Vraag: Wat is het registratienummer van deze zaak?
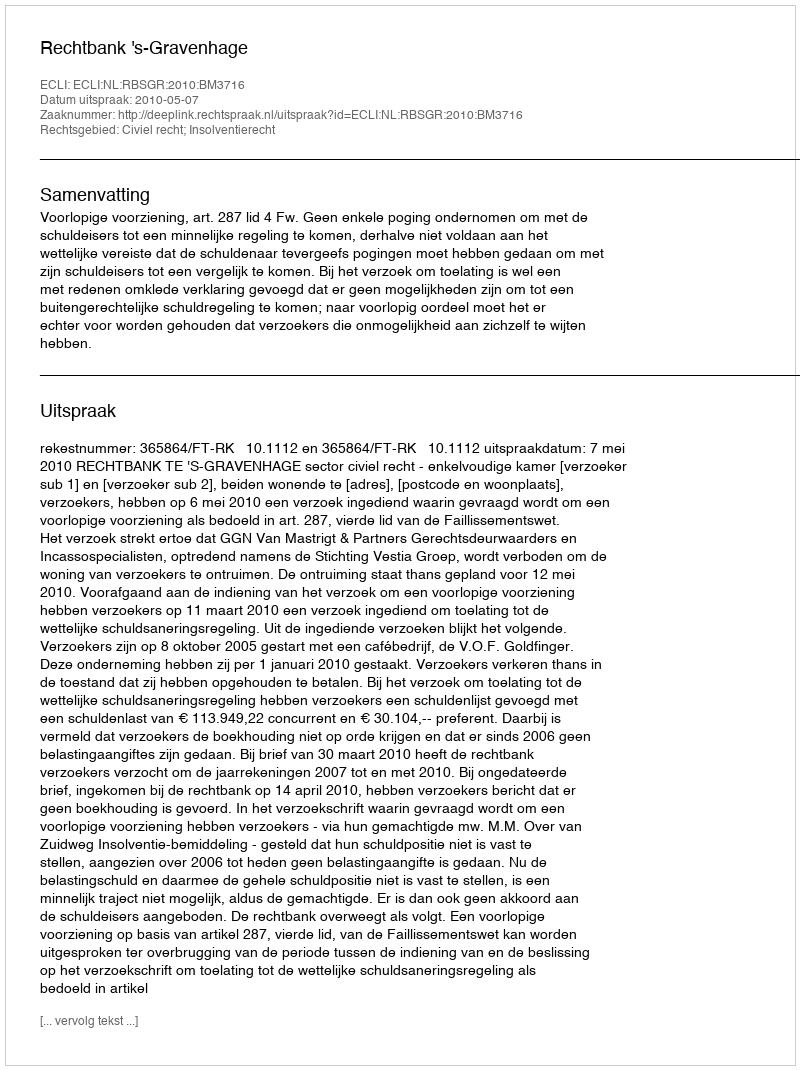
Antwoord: http://deeplink.rechtspraak.nl/uitspraak?id=ECLI:NL:RBSGR:2010:BM3716